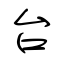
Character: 台